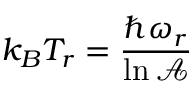
k _ { B } T _ { r } = \frac { \hbar \omega _ { r } } { \ln \mathcal { A } }